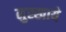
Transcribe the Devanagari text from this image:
नुस्खाये